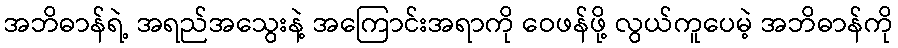
အဘိဓာန်ရဲ့ အရည်အသွေးနဲ့ အကြောင်းအရာကို ဝေဖန်ဖို့ လွယ်ကူပေမဲ့ အဘိဓာန်ကို